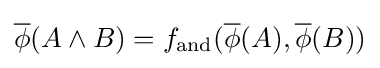
{\overline {\phi }}(A\land B)=f_{\text{and}}({\overline {\phi }}(A),{\overline {\phi }}(B))